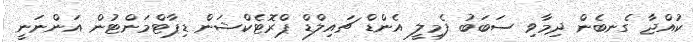
ކުއްޖާ ގެނބެން ދިމާވި ސަބަބު ފެމިލީ އެންޑް ޗައިލްޑް ޕްރޮޓެކްޝަން ޑިޕާޓްމަންޓުން އަންނަނީ